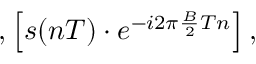
, \left[ s ( n T ) \cdot e ^ { - i 2 \pi { \frac { B } { 2 } } T n } \right] ,